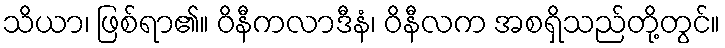
သိယာ၊ ဖြစ်ရာ၏။ ဝိနီကလာဒီနံ၊ ဝိနီလက အစရှိသည်တို့တွင်။